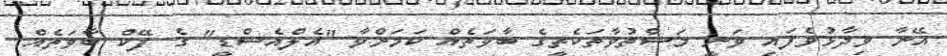
އޭނާ ވިދާޅުވެފައި ވަނީ މަސްތުވާތަކެތީގެ ބާވަތެއް ކަމަށްވާ "އެލްއެސްޑީ" ގެ ފޭކް ބާވަތެއް